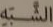
الشبه